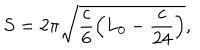
S = 2 \pi \sqrt { \frac c 6 \left( L _ { 0 } - \frac { c } { 2 4 } \right) } ,